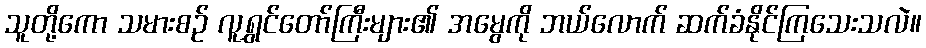
သူတို့ကော သမားစဉ် လူရွှင်တော်ကြီးများ၏ အမွေကို ဘယ်လောက် ဆက်ခံနိုင်ကြသေးသလဲ။